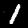
Digit: 1